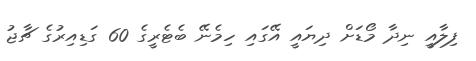
ފިލާއީ ނިދާ މޯޑަށް ދިޔައީ އޭގައި ހިމެނޭ ބެޓެރީގެ 60 ގަޑިއިރުގެ ޗާޖު